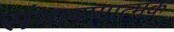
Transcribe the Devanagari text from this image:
संभाषणात्मक